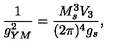
\frac { 1 } { g _ { Y M } ^ { 2 } } = \frac { M _ { s } ^ { 3 } V _ { 3 } } { ( 2 \pi ) ^ { 4 } g _ { s } } ,